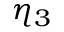
\eta _ { 3 }